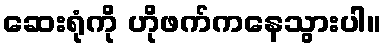
ဆေးရုံကို ဟိုဖက်ကနေသွားပါ။